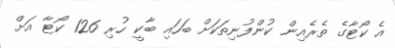
އެ ކޯޓާގެ ތެރެއިން ކުންފުނިތަކަށް ބަހައި ބާކީ ހުރި 126 ކޯޓާ އަށް